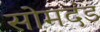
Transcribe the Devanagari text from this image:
सोमदंड